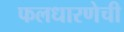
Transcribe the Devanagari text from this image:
फलधारणेची